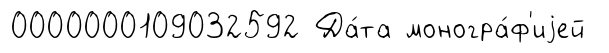
0000000109032592 Да́та моногра́ф'иjей